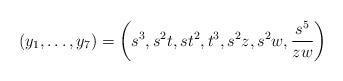
LaTeX: \begin{align*}(y_1,\ldots,y_7)=\left(s^3,s^2 t,s t^2,t^3,s^2 z,s^2 w,\frac{s^5}{z w}\right)\end{align*}